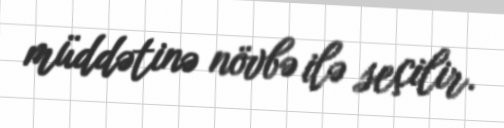
müddətinə növbə ilə seçilir.